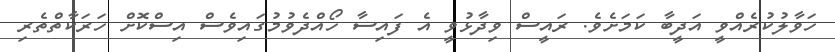
ހަވާލުކުރެއްވީ އަދީބާ ކަމަށެވެ. ރައީސް ވިދާޅުވީ އެ ފައިސާ ހޯއްދެވުމުގައިވެސް އިސްކޮށް ހަރަކާތްތެރި